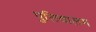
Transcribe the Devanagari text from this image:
पुलिवालम